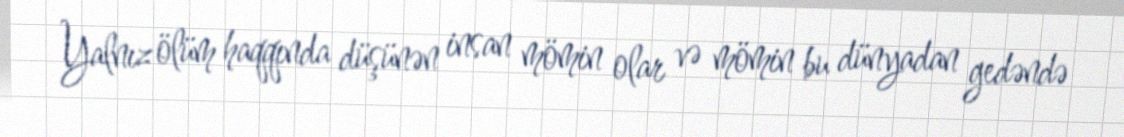
Yalnız ölüm haqqında düşünən insan mömin olar və mömin bu dünyadan gedəndə